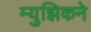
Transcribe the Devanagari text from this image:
म्युझिकने